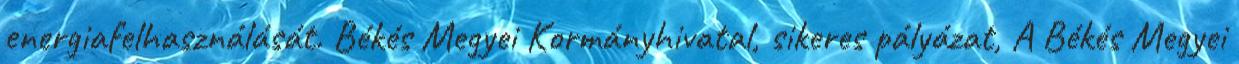
energiafelhasználását. Békés Megyei Kormányhivatal, sikeres pályázat, A Békés Megyei